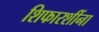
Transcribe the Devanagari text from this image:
शिफारशींना